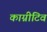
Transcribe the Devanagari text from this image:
काग्नीटिव